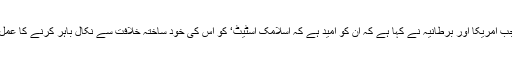
اسکول پر حملہ ایسے وقت میں کیا گیا جب امریکا اور برطانیہ نے کہا ہے کہ اُن کو امید ہے کہ اسلامک اسٹیٹ‘ کو اُس کی خود ساختہ خلافت سے نکال باہر کرنے کا عمل اگلے چند ہفتوں میں مکمل ہو سکتا ہے۔